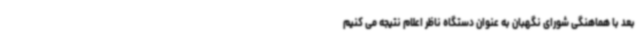
بعد با هماهنگی شورای نگهبان به عنوان دستگاه ناظر اعلام نتیجه می کنیم